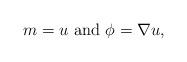
LaTeX: \begin{align*}m=u\mbox{ and }\phi=\nabla u,\end{align*}